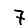
Digit: 7